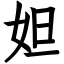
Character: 妲